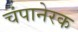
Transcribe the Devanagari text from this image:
चंपानेरक